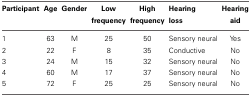
<table><thead><tr><td><b>Participant</b></td><td><b>Age</b></td><td><b>Gender</b></td><td><b>Low frequency</b></td><td><b>High frequency</b></td><td><b>Hearing loss</b></td><td><b>Hearing aid</b></td></tr></thead><tbody><tr><td>1</td><td>63</td><td>M</td><td>25</td><td>50</td><td>Sensory neural</td><td>Yes</td></tr><tr><td>2</td><td>22</td><td>F</td><td>8</td><td>35</td><td>Conductive</td><td>No</td></tr><tr><td>3</td><td>24</td><td>M</td><td>15</td><td>32</td><td>Sensory neural</td><td>No</td></tr><tr><td>4</td><td>60</td><td>M</td><td>17</td><td>37</td><td>Sensory neural</td><td>No</td></tr><tr><td>5</td><td>72</td><td>F</td><td>25</td><td>25</td><td>Sensory neural</td><td>No</td></tr></tbody></table>